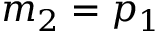
m _ { 2 } = p _ { 1 }